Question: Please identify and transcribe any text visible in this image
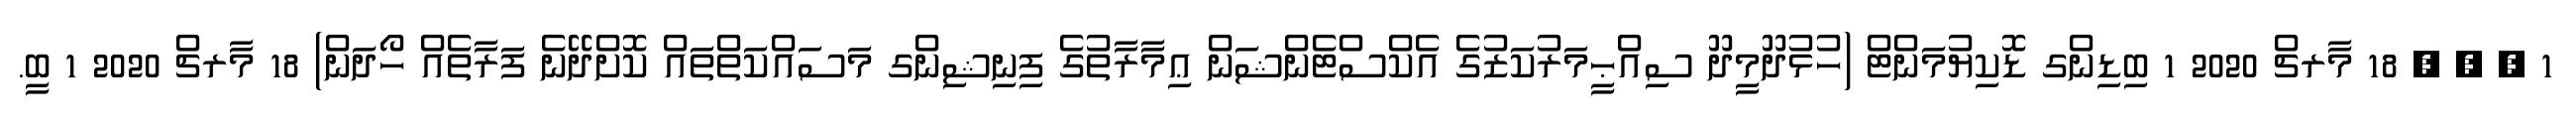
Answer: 1 , , , 18 މާރޗް 2020 1 ބިޑިންގ ޑޮކިޔުމަންޓް (ހުޅުދޫމީދޫ ސިއްޙީމަރުކަޒުގެ އެކްސްޓެންޝަން ޢިމާރާތުގެ ފިނިޝިންގ މަސައްކަތްތައް ކޮށްދޭނެ ފަރާތެއް ހޯދަން) 18 މާރޗް 2020 1 ބީ.